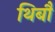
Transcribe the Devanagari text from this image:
थिबौ